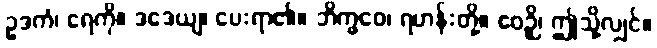
ဥဒကံ၊ ရေကို။ ဒဒေယျ၊ ပေးရာ၏။ ဘိက္ခဝေ၊ ရဟန်းတို့။ ဧဝဉှိ၊ ဤသို့လျှင်။